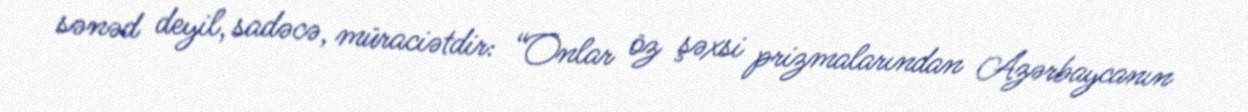
sənəd deyil, sadəcə, müraciətdir: “Onlar öz şəxsi prizmalarından Azərbaycanın